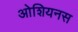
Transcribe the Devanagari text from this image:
ओशियनस